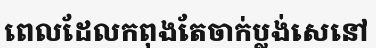
ពេលដែលកពុងតែចាក់ប្លង់សេនៅ